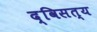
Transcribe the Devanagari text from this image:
द्विसत्य